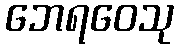
ဘေရဝေသု